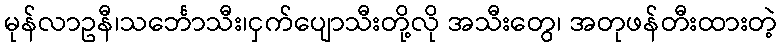
မုန်လာဥနီ၊သင်္ဘောသီး၊ငှက်ပျောသီးတို့လို အသီးတွေ၊ အတုဖန်တီးထားတဲ့